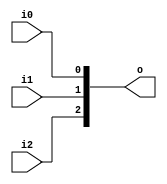
module DataCombin3(i0, i1, i2, o);

	parameter data_width = 1;

	input[data_width - 1 : 0] i0, i1, i2;
	output[3 * data_width - 1 : 0] o;

	assign o = {i2, i1, i0};

endmodule